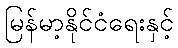
မြန်မာ့နိုင်ငံရေးနှင့်